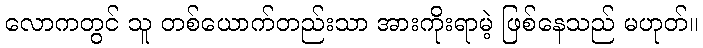
လောကတွင် သူ တစ်ယောက်တည်းသာ အားကိုးရာမဲ့ ဖြစ်နေသည် မဟုတ်။